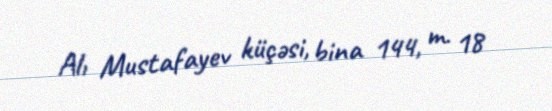
Alı Mustafayev küçəsi, bina 144, m. 18